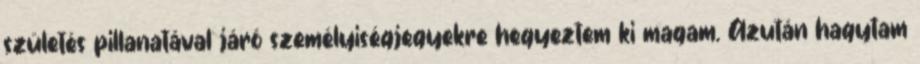
születés pillanatával járó személyiségjegyekre hegyeztem ki magam. Azután hagytam